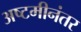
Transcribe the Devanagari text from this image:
अष्टमीनंतर